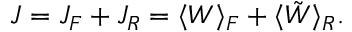
\begin{array} { r } { J = J _ { F } + J _ { R } = \langle W \rangle _ { F } + \langle \tilde { W } \rangle _ { R } . } \end{array}